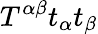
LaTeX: T^{\alpha\beta}t_{\alpha}t_{\beta}